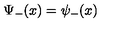
\Psi _ { - } ( x ) = \psi _ { - } ( x )